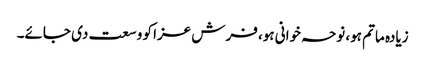
زیادہ ماتم ہو، نوحہ خوانی ہو، فرش عزا کو وسعت دی جائے۔